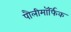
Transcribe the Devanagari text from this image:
पौलीमॉर्फिक